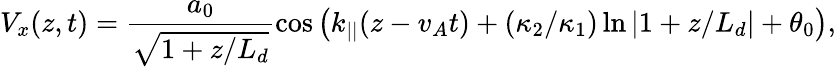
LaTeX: V_{x}(z,t)=\frac{a_{0}}{\sqrt{1+z/L_{d}}}\cos\left(k_{||}(z-v_{A}t)+(\kappa_{2}/\kappa_{1})\ln\left|1+z/L_{d}\right|+\theta_{0}\right),